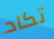
تكاد